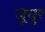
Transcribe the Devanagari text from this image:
जूयुर